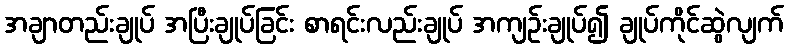
အချာတည်းချုပ် အပြီးချုပ်ခြင်း စာရင်းလည်းချုပ် အကျဉ်းချုပ်၍ ချုပ်ကိုင်ဆွဲလျက်